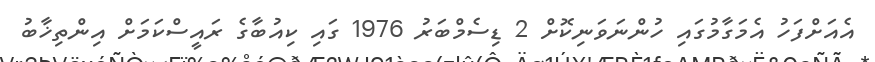
އެއަށްފަހު އެމަގާމުގައި ހުންނަވަނިކޮށް 2 ޑިސެމްބަރު 1976 ގައި ކިއުބާގެ ރައީސްކަމަށް އިންތިޚާބު